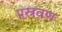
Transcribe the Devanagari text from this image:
प्रस्रवण